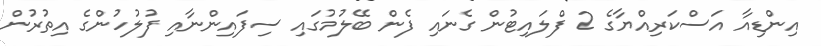
އިންޑިއާ އަސްކަރިއްޔާގެ 2 ފްލައިޓުން ގެނައި ފެން ބޭލުމުގައި ސިފައިންނާއި ފުލުހުންގެ އިތުރުން